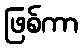
ဖြစ်ကာ